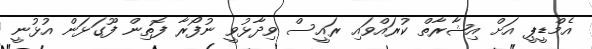
އެމްޑީޕީ އަށް އިޝާރާތް ކުރައްވައި ރައީސް ވިދާޅުވީ ނުފޯރާ ފޮތިން ފޫގަޅަން އުޅުނީ